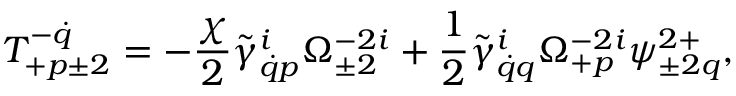
T _ { + p \pm 2 } ^ { - \dot { q } } = - \frac { \chi } { 2 } \tilde { \gamma } _ { \dot { q } p } ^ { i } \Omega _ { \pm 2 } ^ { - 2 i } + \frac 1 2 \tilde { \gamma } _ { \dot { q } q } ^ { i } \Omega _ { + p } ^ { - 2 i } \psi _ { \pm 2 q } ^ { 2 + } ,